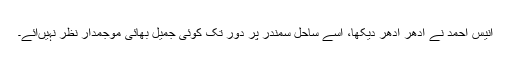
انیس احمد نے اِدھر اُدھر دیکھا، اُسے ساحلِ سمندر پر دُور تک کوئی جمیل بھائی موجمدار نظر نہیںآئے۔